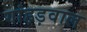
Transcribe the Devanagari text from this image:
गांहड़वाल